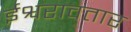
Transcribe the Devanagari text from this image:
ईश्वरावतार